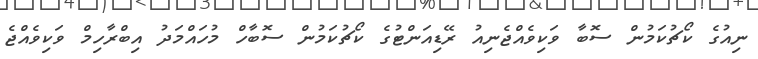
ނިއުގެ ކޯޗުކަމުން ސޮބާ ވަކިވެއްޖެނިއު ރޭޑިއަންޓުގެ ކޯޗުކަމުން ސޮބާހް މުހައްމަދު އިބްރާހިމް ވަކިވެއްޖެ